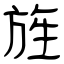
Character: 旌